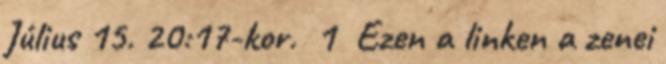
Július 15. 20:17-kor. 1 Ezen a linken a zenei